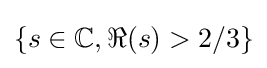
\{s\in \mathbb {C} ,\Re (s)>2/3\}